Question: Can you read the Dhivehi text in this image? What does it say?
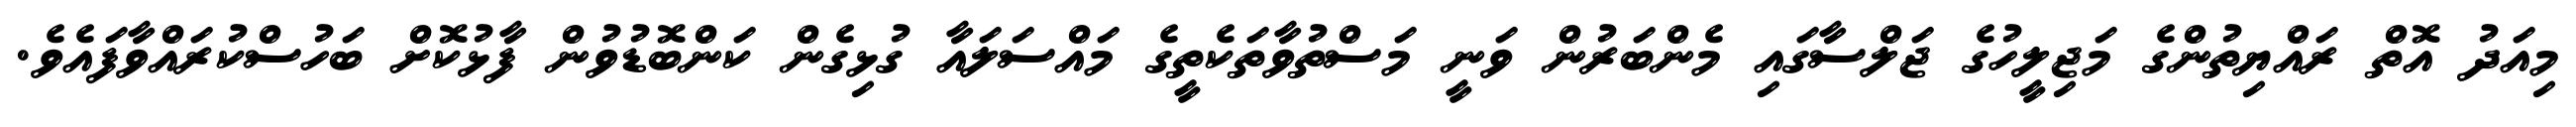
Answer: މިއަދު އޮތް ރައްޔިތުންގެ މަޖިލީހުގެ ޖަލްސާގައި މެންބަރުން ވަނީ މަސްތުވާތަކެތީގެ މައްސަލައާ ގުޅިގެން ކަންބޮޑުވުން ފާޅުކޮށް ބަހުސްކުރައްވާފައެވެ.